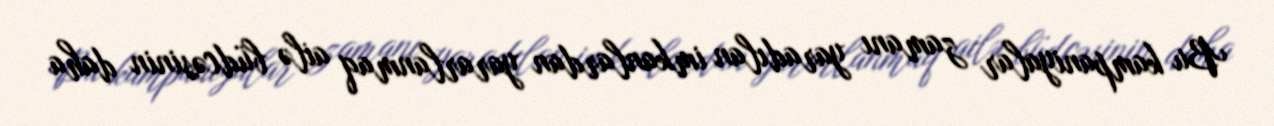
Bu kampaniyalar zamanı yaradılan imkanlardan yararlanmaq ailə büdcəsinin daha